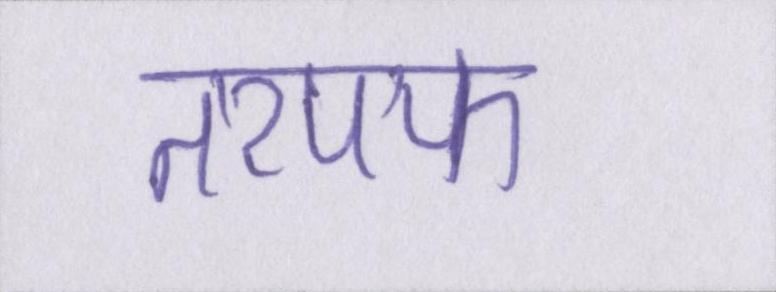
तरपफ